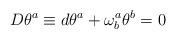
LaTeX: \begin{align*}D\theta^{a}\equiv d\theta^{a}+\omega_{b}^{a}\theta^{b}=0\end{align*}